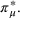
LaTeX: \pi _ { \mu } ^ { * } .